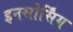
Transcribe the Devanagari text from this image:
इनसोर्सिंग